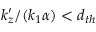
k _ { z } ^ { \prime } / ( k _ { 1 } \alpha ) < d _ { t h }